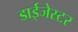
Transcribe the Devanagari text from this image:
डाईजेस्टर